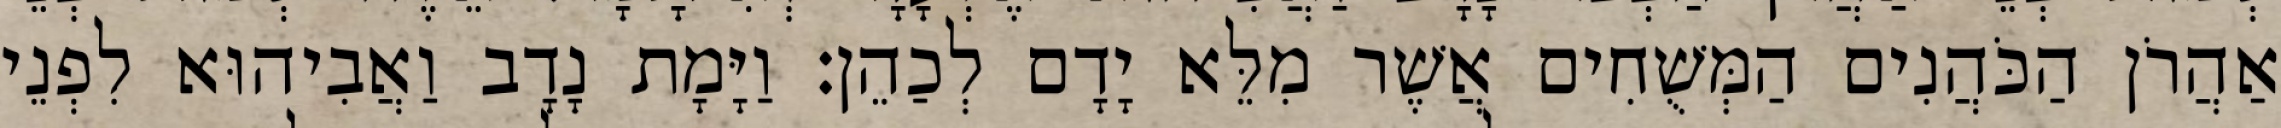
אַהֲרֹן הַכֹּהֲנִים הַמְּשֻׁחִים אֲשֶׁר מִלֵּא יָדָם לְכַהֵן׃ וַיָּמָת נָדָב וַאֲבִיהוּא לִפְנֵי